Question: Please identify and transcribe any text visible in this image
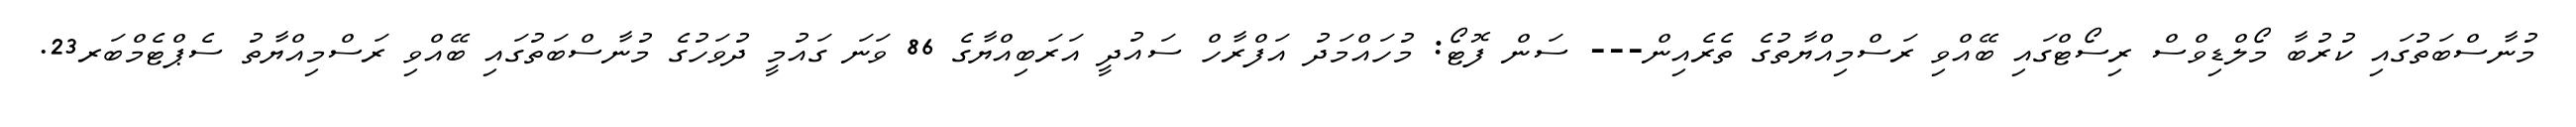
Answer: މުނާސްބަތުގައި ކުރުބާ މޯލްޑިވްސް ރިސޯޓްގައި ބޭއްވި ރަސްމިއްޔާތުގެ ތެރެއިން--- ސަން ފޮޓޯ: މުހައްމަދު އަފްރާހް ސައުދީ އަރަބިއްޔާގެ 86 ވަނަ ގައުމީ ދުވަހުގެ މުނާސްބަތުގައި ބޭއްވި ރަސްމިއްޔާތު ސެޕްޓެމްބަރ23.